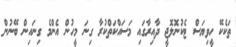
ތަކެކޭ ހީވިޔަސް ޓެކުނޮލޮޖީ ދާއިރާގައި މަސައްކަތްކުރާ ގިނަ މީހުން އެންމެ ގިނައިން ބޭނުން